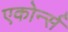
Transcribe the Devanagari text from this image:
एकोर्न्स